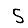
Digit: 5